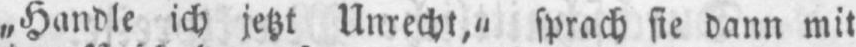
„Handle ich jetzt Unrecht,” sprach sie dann mit